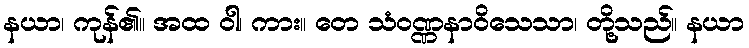
နယာ၊ ကုန်၏။ အထ ဝါ၊ ကား။ တေ သံဝဏ္ဏနာဝိသေသာ၊ တို့သည်။ နယာ